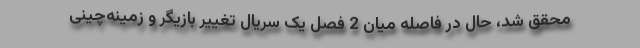
محقق شد، حال در فاصله میان 2 فصل یک سریال تغییر بازیگر و زمینه‌چینی